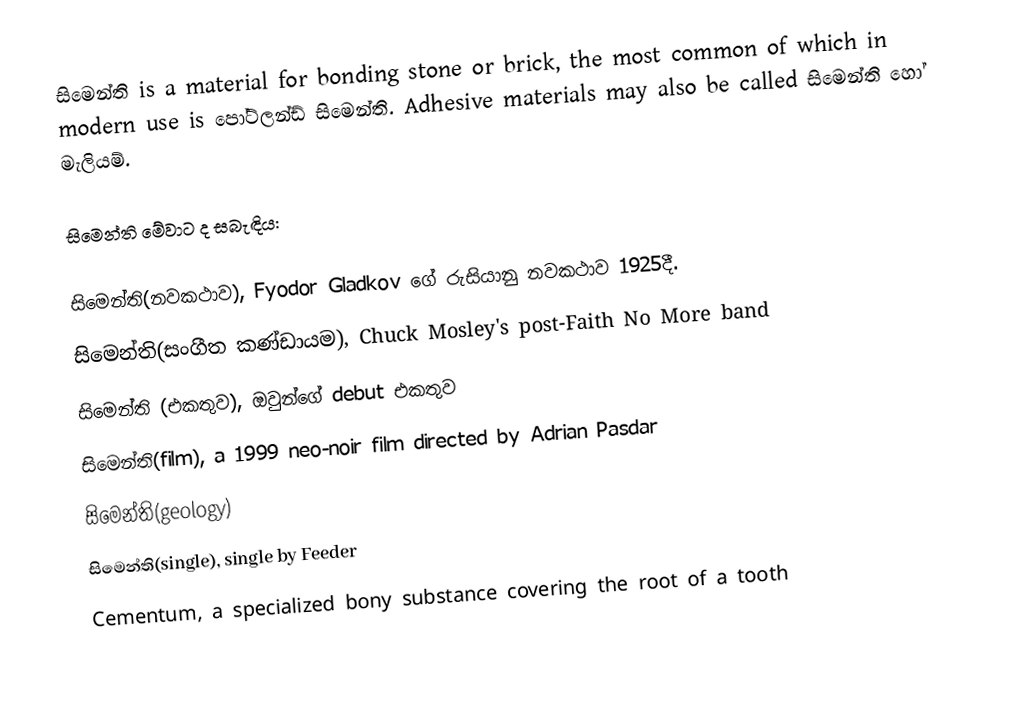
සිමෙන්ති is a material for bonding stone or brick, the most common of which in modern use is පෝට්ලන්ඩ් සිමෙන්ති. Adhesive materials may also be called සිමෙන්ති හෝ මැලියම්.

සිමෙන්ති මේවාට ද සබැඳිය:

සිමෙන්ති(නවකථාව), Fyodor Gladkov ගේ රුසියානු නවකථාව 1925දී.
සිමෙන්ති(සංගීත කණ්ඩායම), Chuck Mosley's post-Faith No More band
සිමෙන්ති (එකතුව), ඔවුන්ගේ debut එකතුව
සිමෙන්ති(film), a 1999 neo-noir film directed by Adrian Pasdar
සිමෙන්ති(geology)
සිමෙන්ති(single), single by Feeder
Cementum, a specialized bony substance covering the root of a tooth